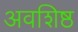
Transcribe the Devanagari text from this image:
अवशिष्ठ